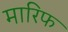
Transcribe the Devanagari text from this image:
मारिफ